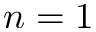
n = 1